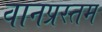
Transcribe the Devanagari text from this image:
वानप्रस्तम